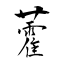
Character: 藿